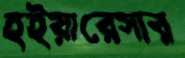
হইয়ারেসার